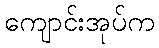
ကျောင်းအုပ်က